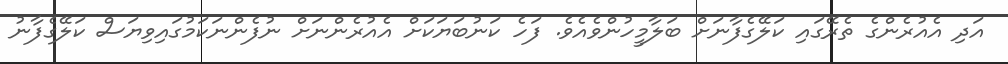
އަދި އެއުރެންގެ ތެރޭގައި ކަލޭގެފާނަށް ބަލާމީހުންވެއެވެ. ފަހެ ކަނުބަޔަކަށް އެއުރެންނަށް ނުފެންނަކަމުގައިވިޔަސް ކަލޭގެފާނު